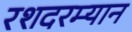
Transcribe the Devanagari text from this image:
रशदरम्यान